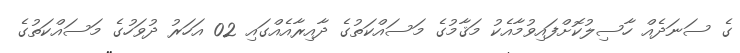
ގެ ސަނަދެއް ހާސިލުކޮށްފައިވުމާއެކު މަޤާމުގެ މަސައްކަތުގެ ދާއިރާއެއްގައި 02 އަހަރު ދުވަހުގެ މަސައްކަތުގެ